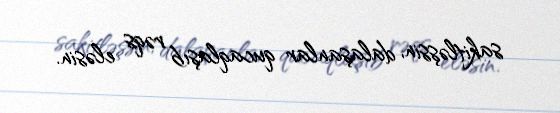
sakitləşsin, dalaşanlar qucaqlaşıb rəqs eləsin.